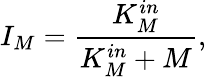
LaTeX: I_{M}=\frac{K_{M}^{in}}{K_{M}^{in}+M},